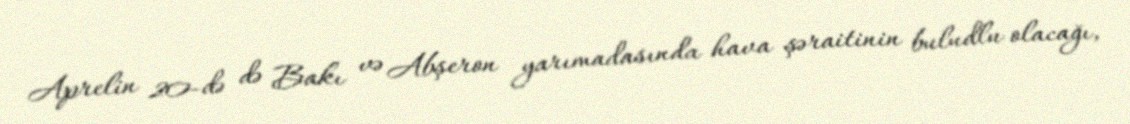
Aprelin 20-də də Bakı və Abşeron yarımadasında hava şəraitinin buludlu olacağı,